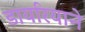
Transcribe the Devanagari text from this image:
डायरियाने